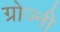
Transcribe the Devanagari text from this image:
ग्रोज्नी